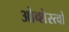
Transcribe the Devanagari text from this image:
ओब्शेस्त्वो